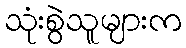
သုံးစွဲသူများက